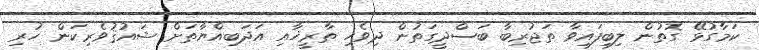
ކަމާގުޅޭ ގޮތުން ލިބިފައިވާ ތަޖުރިބާ ބަސްދީގަތުން ދިވެހި ތާރީޚާއި އަދަބިއްޔާތަށް ޝައުޤުވެރިކަން ހުރި